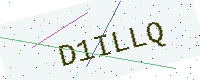
Text: D1ILLQ